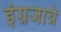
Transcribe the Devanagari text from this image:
इंग्रजान्ने